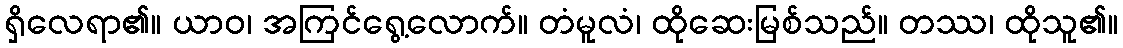
ရှိလေရာ၏။ ယာဝ၊ အကြင်ရွေ့လောက်။ တံမူလံ၊ ထိုဆေးမြစ်သည်။ တဿ၊ ထိုသူ၏။